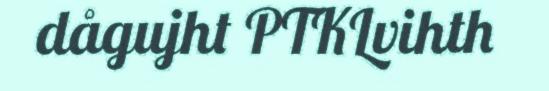
dågujht PTKLvihth